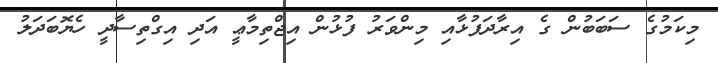
މިކަމުގެ ސަބަބުން ގެ އިރާދަފުޅާއި މިންވަރު ފުޅުން އިޖްތިމާޢީ އަދި އިގްތިސާދީ ހެޔޮބަދަލު